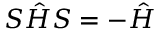
{ \cal S } \hat { H } { \cal S } = - \hat { H }